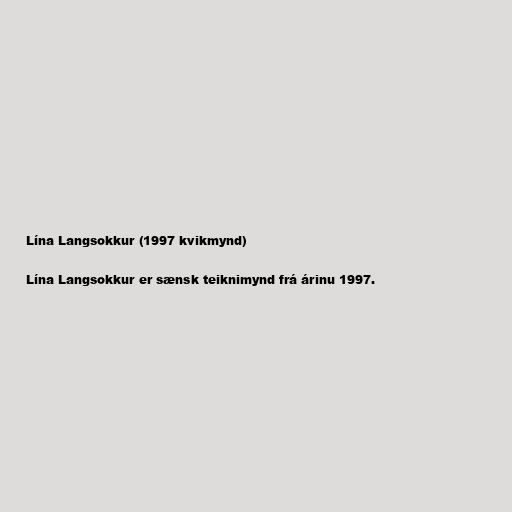
Lína Langsokkur (1997 kvikmynd)

Lína Langsokkur er sænsk teiknimynd frá árinu 1997.